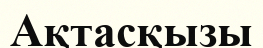
Ақтасқызы